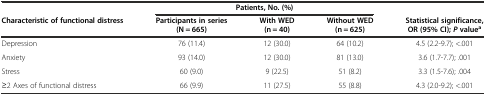
<table><thead><tr><td></td><td colspan="3"><b>Patients, No. (%)</b></td><td></td></tr><tr><td><b>Characteristic of functional distress</b></td><td><b>Participants in series (N = 665)</b></td><td><b>With WED (n = 40)</b></td><td><b>Without WED (n = 625)</b></td><td><b>Statistical significance, OR (95% CI);<i>P</i>value<sup>a</sup></b></td></tr></thead><tbody><tr><td>Depression</td><td>76 (11.4)</td><td>12 (30.0)</td><td>64 (10.2)</td><td>4.5 (2.2-9.7); &lt;.001</td></tr><tr><td>Anxiety</td><td>93 (14.0)</td><td>12 (30.0)</td><td>81 (13.0)</td><td>3.6 (1.7-7.7); .001</td></tr><tr><td>Stress</td><td>60 (9.0)</td><td>9 (22.5)</td><td>51 (8.2)</td><td>3.3 (1.5-7.6); .004</td></tr><tr><td>≥2 Axes of functional distress</td><td>66 (9.9)</td><td>11 (27.5)</td><td>55 (8.8)</td><td>4.3 (2.0-9.2); &lt;.001</td></tr></tbody></table>